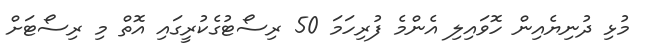
މުޅި ދުނިޔެއިން ހޮވައިލި އެންމެ ފުރިހަމަ 50 ރިސޯޓުގެކުރީގައި އޮތް މި ރިސޯޓަށް